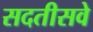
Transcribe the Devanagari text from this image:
सदतीसवे